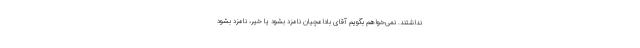
نداشتند. نمی‌خواهم بگویم آقای بادامچیان نامزد بشود یا خیر، نامزد بشود